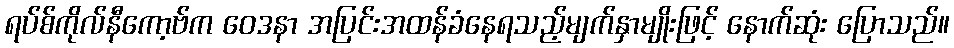
ရပ်စ်ကိုလ်နီကော့ဗ်က ဝေဒနာ အပြင်းအထန်ခံနေရသည့်မျက်နှာမျိုးဖြင့် နောက်ဆုံး ပြောသည်။